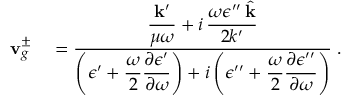
\begin{array} { r l } { { \bf v } _ { g } ^ { \pm } } & { { } = \frac { \displaystyle \frac { { \bf k } ^ { \prime } } { \mu \omega } + i \, \frac { \omega \epsilon ^ { \prime \prime } \, \hat { { \bf k } } } { 2 k ^ { \prime } } } { \displaystyle \left( \epsilon ^ { \prime } + \frac { \omega } { 2 } \frac { \partial \epsilon ^ { \prime } } { \partial \omega } \right) + i \left( \epsilon ^ { \prime \prime } + \frac { \omega } { 2 } \frac { \partial \epsilon ^ { \prime \prime } } { \partial \omega } \right) } \; . } \end{array}